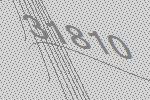
31810